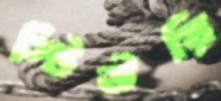
স্টিউয়ি